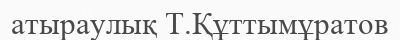
атыраулық Т.Құттымұратов